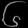
Digit: ၆